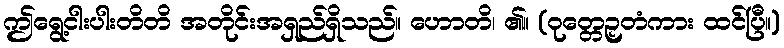
ဤရွေ့ငါးပါးတိတိ အတိုင်းအရှည်ရှိသည်။ ဟောတိ၊ ၏။ (ဝုတ္တေဉှတံကား ထင်ပြီ။)